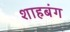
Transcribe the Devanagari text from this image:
शाहबंग